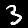
Digit: 3